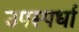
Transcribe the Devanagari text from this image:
उपस्पर्धा